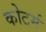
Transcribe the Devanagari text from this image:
कोटर्म